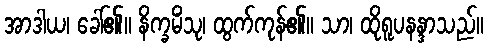
အာဒါယ၊ ခေါ်၏။ နိက္ခမိံသု၊ ထွက်ကုန်၏။ သာ၊ ထိုရူပနန္ဒာသည်။